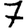
Digit: 7